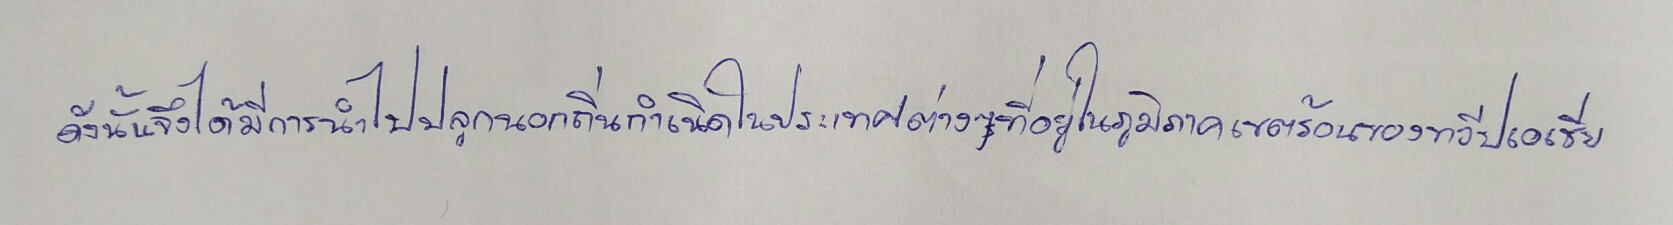
ดังนั้นจึงได้มีการนำไปปลูกนอกถิ่นกำเนิดในประเทศต่างๆที่อยู่ในภูมิภาคเขตร้อนของทวีปเอเชีย